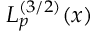
L _ { p } ^ { ( 3 / 2 ) } ( x )